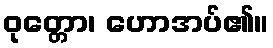
ဝုတ္တော၊ ဟောအပ်၏။